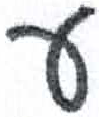
אות: ע